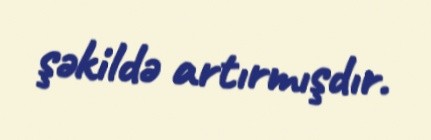
şəkildə artırmışdır.